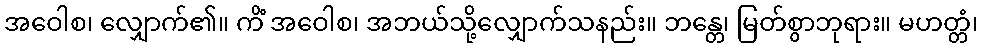
အဝေါစ၊ လျှောက်၏။ ကိံ အဝေါစ၊ အဘယ်သို့လျှောက်သနည်း။ ဘန္တေ၊ မြတ်စွာဘုရား။ မဟတ္တံ၊